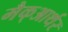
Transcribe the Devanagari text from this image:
मैक्‌आर्थर